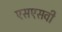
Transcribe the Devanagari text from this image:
एसएसवी